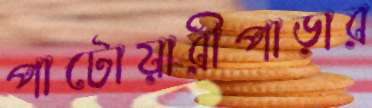
পাটোয়ারীপাড়ার